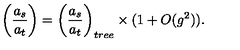
\biggl ( { \frac { a _ { s } } { a _ { t } } } \biggr ) = \biggl ( { \frac { a _ { s } } { a _ { t } } } \biggr ) _ { t r e e } \times ( 1 + O ( g ^ { 2 } ) ) .